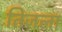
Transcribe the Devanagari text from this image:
तिजला